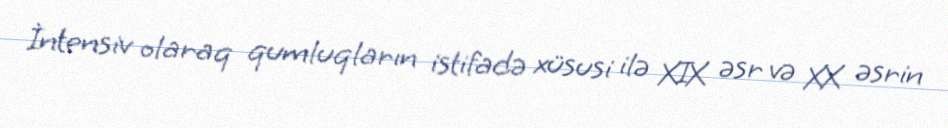
İntensiv olaraq qumluqların istifadə xüsusi ilə XIX əsr və XX əsrin